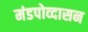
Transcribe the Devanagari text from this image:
मंडपोव्दासन